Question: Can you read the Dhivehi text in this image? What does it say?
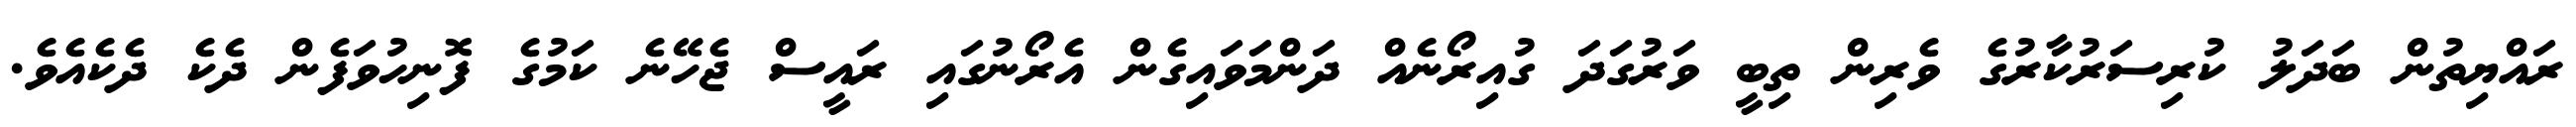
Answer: ރައްޔިތުން ބަދަލު ކުރިސަރުކާރުގެ ވެރިން ތިބީ ވަރުގަދަ ގުއިރޯނެއް ދަންމަވައިގެން އެރޯނުގައި ރައީސް ޖެހޭނެ ކަމުގެ ފޮނިހުވަފެން ދެކެ ދެކެއެވެ.